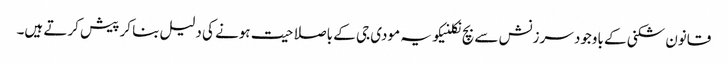
قانون شکنی کے باوجود سرزنش سے بچ نکلنیکو یہ مودی جی کے باصلاحیت ہونے کی دلیل بنا کر پیش کرتے ہیں۔